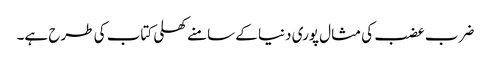
ضرب عضب کی مثال پوری دنیا کے سامنے کھلی کتاب کی طرح ہے۔